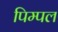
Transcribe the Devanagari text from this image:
पिम्पल